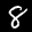
Label: 8